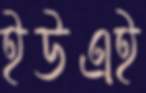
ইউএই